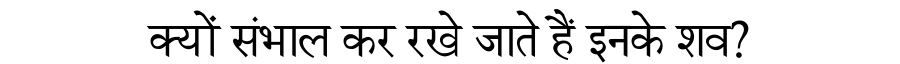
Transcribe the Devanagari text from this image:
क्यों संभाल कर रखे जाते हैं इनके शव?